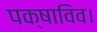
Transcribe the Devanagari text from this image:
पक्षाविव।